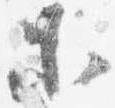
等